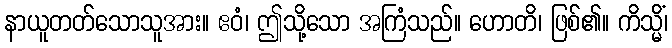
နာယူတတ်သောသူအား။ ဧဝံ၊ ဤသို့သော အကြံသည်။ ဟောတိ၊ ဖြစ်၏။ ကိသ္မိံ၊